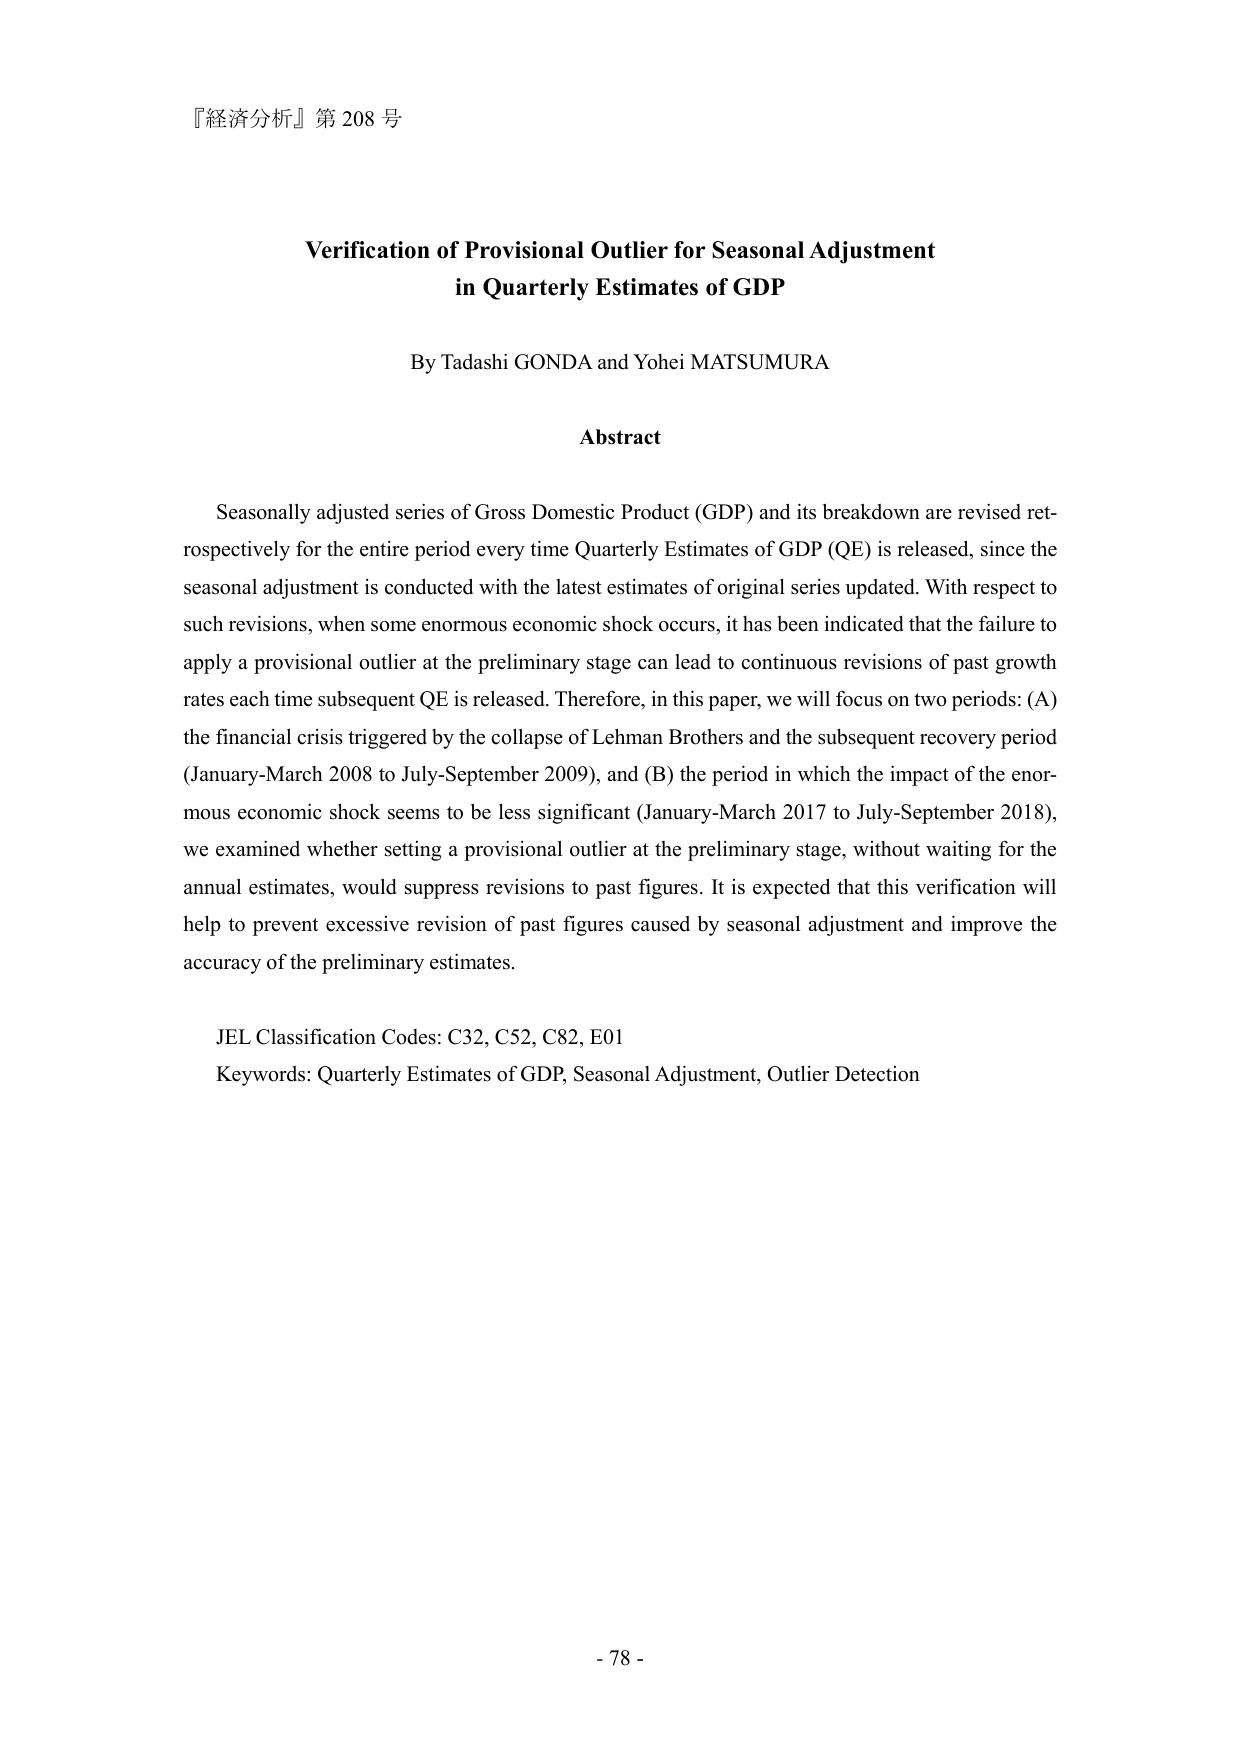
『経済分析』第 208 号

Verification of Provisional Outlier for Seasonal Adjustment
in Quarterly Estimates of GDP

By Tadashi GONDA and Yohei MATSUMURA

Abstract

Seasonally adjusted series of Gross Domestic Product (GDP) and its breakdown are revised retrospectively for the entire period every time Quarterly Estimates of GDP (QE) is released, since the seasonal adjustment is conducted with the latest estimates of original series updated. With respect to such revisions, when some enormous economic shock occurs, it has been indicated that the failure to apply a provisional outlier at the preliminary stage can lead to continuous revisions of past growth rates each time subsequent QE is released. Therefore, in this paper, we will focus on two periods: (A) the financial crisis triggered by the collapse of Lehman Brothers and the subsequent recovery period (January-March 2008 to July-September 2009), and (B) the period in which the impact of the enormous economic shock seems to be less significant (January-March 2017 to July-September 2018), we examined whether setting a provisional outlier at the preliminary stage, without waiting for the annual estimates, would suppress revisions to past figures. It is expected that this verification will help to prevent excessive revision of past figures caused by seasonal adjustment and improve the accuracy of the preliminary estimates.

JEL Classification Codes: C32, C52, C82, E01
Keywords: Quarterly Estimates of GDP, Seasonal Adjustment, Outlier Detection

- 78 -